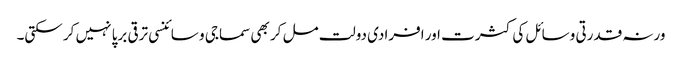
ورنہ قدرتی وسائل کی کثرت اور افرادی دولت مل کر بھی سماجی و سائنسی ترقی برپا نہیں کر سکتی۔